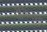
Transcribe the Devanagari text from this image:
पेंनिन्सुला